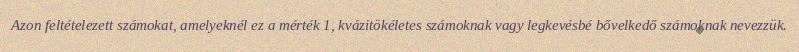
Azon feltételezett számokat, amelyeknél ez a mérték 1, kvázitökéletes számoknak vagy legkevésbé bővelkedő számoknak nevezzük.